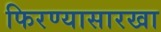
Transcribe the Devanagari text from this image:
फिरण्यासारखा